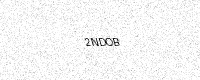
Text: 2NDOB